Calcutta medical institutions reports 1892-1900
Year: 1892
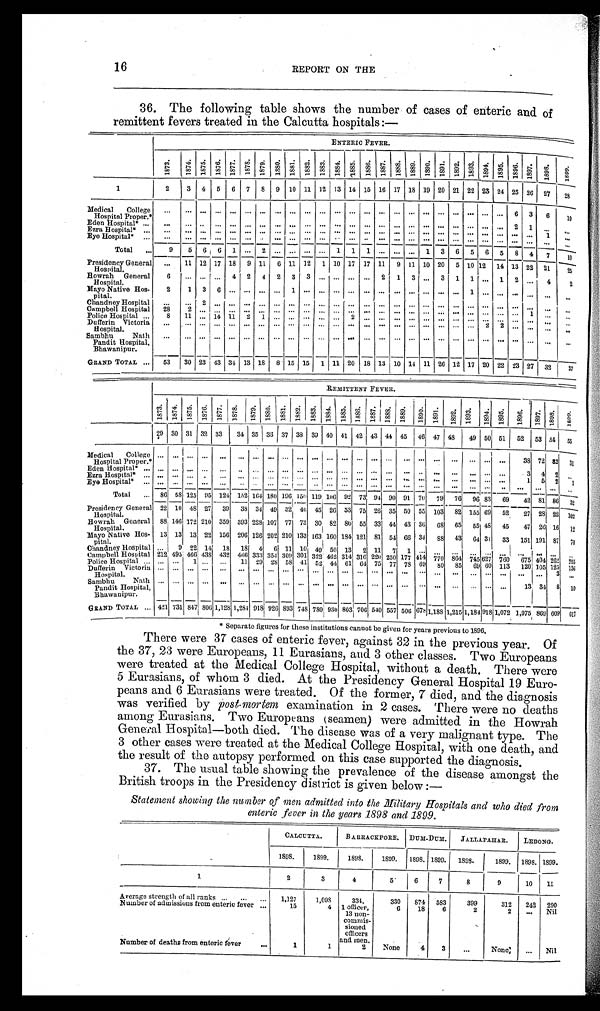
16
REPORT ON THE
36. The following table shows the number of cases of enteric and of
remittent fevers treated in the Calcutta hospitals:—
ENTERIC FEVER.
1
1873. 1874. 1875. 1876. 1877. 1878. 1879. 1880. 1881. 1882. 1883. 1884. 1885. 1886. 1887. 1888. 1889. 1890. 1891. 1892. 1893. 1894. 1895. 1896. 1 8 9 7 . 1 8 9 8 . 1899.
2
3 4 5 6 7 8 9 10 11 12 13 14 15 16 17 18 19 20 21 22 23 24 25 26 27 28
Medi cal col l ege Hospi t al Prope r.*
. . . . . . . . . . . . . . . . . . . . .
. . . . . . . . . . . . . . . . . . . . . . . . . . . . . . . . . . . . . . .
. . . . . . . . . 6 3
6 10
Eden Hospital* ...
...
. . . . . . . . . . . . . . . . . .
. . . . . . . . . . . . . . . . . . . . . . . . . . . . . . . . . . . . . . .
. . . . . . . . . 2 1
. . .
. . .
Ezra Hospital* ...
. . . . . . . . . . . . . . . . . . . . .
. . . . . . . . . . . . . . . . . . . . . . . . . . . . . . . . . . . . . . .
. . . . . . . . . . . . . . .
1
. . .
Eye Hospital* ...
. . . . . . . . . . . . . . . . . . . . . . . . . . . . . . . . . . . . . . . . . . . . . . . . . . . . . . . . . . . . .
. . . . . . . . . . . . . . .
. . . . . .
Total ...
9 5 6 6 1
. . . 2
. . . . . . . . . . . . 1 1 1 ... ... ... 1 3 6 5 6
5 8 4
7
1 0
Presidency General Hospital.
... 11 12 17 18 9 11 6
1 1 12 1 10 17 17 11 9 11 10 20 5 10 12
1 4 13 22 21
25
Howrah General Hospi t al . 6 ... ... ... 4 2 4 2 3 3 ... ... ... ... 2 1 3 ... 3 1 1 ... 1 2
. . . 4
2
Mayo Native Hos-
pital.
2
1 3 6
. . . . . . . . .
. . . 1 . . . . . . . . . . . . . . . . . . . . . . . . . . . . . . . . .
1 . . . . . . . . . . . .
. . . ...
Chandney Hospital
. . . . . . 2 . . . . . . . . . . . .
. . . . . . . . . . . . . . . . . . . . . . . . . . . . . . . . . . . . . . .
. . . . . . . . . . . . . . .
. . .
. . .
Campbell Hospital 28
2
. . . . . . . . . . . . . . .
. . . . . . . . . . . . . . . . . . . . . . . . . . . . . . . . . . . . . . .
. . . . . . . . . . . . 1
. . .
. . .
Police Hospital ...
8 1 1 . . . 1 4 1 1 2 1
. . . . . . . . . . . . . . . 2
. . . . . . . . . . . . . . . . . . . . .
. . . . . . . . . . . . . . . ...
. . .
Dufferin Victoria
Hospital.
. . . . . . . . . . . . . . . . . . . . . .
. . . . . . . . . . . . . . . . . . . . . . . . . . . . . . . . . . . . . . .
. . . 2
2 . . .
. . .
. . .
. . .
Sambhu
Nath
Pandit Hospital.
Bhawanipur.
. . . . . . . . . . . . . . . . . . . . .
. . . . . . . . . . . . . . . . . . . . . . . . . . . . . . . . . . . . . . .
. . . . . . . . . . . . . . .
. . .
. . .
GRAND TOTAL ... 53 30 23 43 34 13
1 8 8 15 15 1 11 20 18
1 3 1 0 14 11 26 12 17 20 22 23 27 32
37
REMITTENT FEVER.
1873. 1874. 1875. 1876. 1877. 1 8 7 8 . 1879. 1880. 1881. 1882. 1883. 1884. 1885. 1886. 1887. 1888. 1889. 1890. 1891. 1892. 1893. 1894. 1895. 1896. 1897. 1898. 1899.
29 30 31 32 33 34 35 36 37 38 39 40 41 42 43 44 45 46 47 48 49 50 51 52 53 54 55
Medical Col l ege Hos pi t al Pr oper . *
. . . . . . . . .
. . .
. . . . . . . . . . . . . . . . . . . . . . . . . . .
. . . . . . . . .
. . . . . .
. . .
. . . . . . . . .
. . .
3 8 7 2 8 2
3 1
Eden Hospi t al * . . .
. . . . . . . . . . . .
. . . . . . . . . . . . . . . . . . . . . . . . . . .
. . . . . . . . .
. . . . . .
. . .
. . . . . . . . .
. . .
3
4
2
. . .
Ezra Hospital*
. . . . . . . . . . . .
. . . . . . . . . . . . . . . . . . . . . . . . . . .
. . . . . . . . .
. . . . . .
. . .
. . . . . . . . .
. . . 1 5 2 1
Eye Hospital* ... ... ...
. . . . . .
. . . ... . . . . . . . . . . . . . . . . . . . . . . . . . . . . . .
. . . . . .
. . .
. . .
. . . . . . . . .
. . .
. . . . . . . . .
Total ... 86 58 125 95 124
1 5 2 164 180 196 150 119 106 92 73 91 9 0 91 70 79 76 96 83
6 9 42 81 86 32
Presidency General
Hospital.
22 10 48 27 39 38 3 4 49 32 40 45 26 53 75 26 35 50 5 5 103 82 155 69 52 27 28 22 102
Howrah General
Hospital.
88 1 4 6 172 210 359 393 228 107 77 73 30 82 86 55 33 44 43 36 68 65 55 48 45 47 26 16 12
Mayo Native Hose-
pital.
13 13 13 22 156 206 126 202 210 133 163 160 184 121 81 54 66 34 88 43 64 31 33 151 191 87 70
Chandney Hospital ...
9 22 1 4 18 18 4 6
1 1 10 4 9 50 13 2 11 7
1 ... ...
. . .
. . . . . . . . .
. . .
. . . . . .
. . .
Campbell Hospital 212 495 466 438
4 3 2 466 3 3 3 3 5 4 309 3 0 1 322 4 6 2 314 316 220 250 177 414 770 864 745 627 760
6 7 5 404 262
2 5 5
Police Hospital ... ... ...
1 . . .
... 11 29 28 58 41 52 44 61
6 4 75 77 78 69 80 85 69 60 113 120 105 125 136
Dufferin Victoria Hospital.
. . . . . . . . . . . .
. . . . . . . . . . . . . . . . . . . . . . . . . . .
. . . . . . . . .
. . . . . .
. . .
. . . . . . . . .
. . .
. . . . . . 3 ...
Sambhu Nat h Pandi t Hos pi t al ,
Bhawanipur.
. . . . . . . . . . . .
. . . . . . . . . . . . . . . . . . . . . . . . . . .
. . . . . . . . .
. . . . . .
. . .
. . . . . . . . .
. . . 13 34 8 10
GRAND TOTAL ... 421 731 8 4 7 806 1,128 1,284 918 926 893 7 4 8 780 930 803 706 540 557 506 6 7 8 1,188 1,215 1,184 918 1,072 1,075 869 609 617
* Separate figures for these institutions cannot be given for years previous to 1896.
There were 37 cases of enteric fever, against 32 in the previous year. Of
the 37, 23 were Europeans, 11 Eurasians, and 3 other classes. Two Europeans
were treated at the Medical College Hospital, without a death. There were
5 Eurasians, of whom 3 died. At the Presidency General Hospital 19 Euro-
peans and 6 Eurasians were treated. Of the former, 7 died, and the diagnosis
was verified by post-morteme x a m i n a t i o n i n 2 c a s e s . T h e r e w e r e n o d e a t h s
among Eurasians. Two Europeans (seamen) were admitted in the Howrah
G e n e r a l H o s p i t a l — b o t h d i e d . T h e d i s e a s e w a s o f a v e r y m a l i g n a n t t y p e . T h e
3 other cases were treated at the Medical College Hospital, with one death, and
the result of the autopsy performed on this case supported the diagnosis.
37. The usual table showing the prevalence of the disease amongst the
British troops in the Presidency district is given below :—
Statement showing the number of men admitted into the Military Hospitals and who died from
enteric fever in the years 1898 and 1899.
CALCUTTA.
BARRACKPORE. DUM-DUM. JALLAPAHAR.
LEBONG.
1898.
1899.
1898.
1899. 1898. 1899. 1898.
1899. 1898. 1899.
1
2
3
4
5
6
7
8
9
10 11
Average strength of all ranks ... ... ... 1,127
1,098
334,
330 874 583
399
312 242 290
Numbers of admissions from enteric fever ...
15
4 1 officer,
13 non-
commis- s i o n e d
officers
and men.
6
18
6
2
2 ... Nil
Number of deaths from enteric fever
. . .
1
1
2
None
4
3
...
None
... Nil